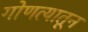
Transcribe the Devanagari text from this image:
गोणत्यातून